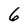
Character: 6